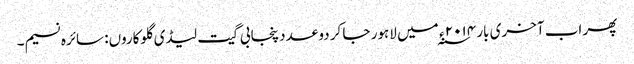
پھر اب آخری بار ۲۰۱۴ ء ؁ میں لاہور جا کر دو عدد پنجابی گیت لیڈی گلوکاروں: سائرہ نسیم۔